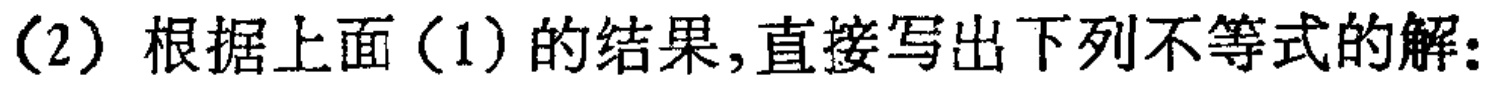
(2)根据上面(1)的结果,直接写出下列不等式的解: